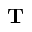
\mathbf { T }